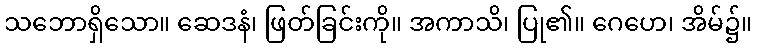
သဘောရှိသော။ ဆေဒနံ၊ ဖြတ်ခြင်းကို။ အကာသိ၊ ပြု၏။ ဂေဟေ၊ အိမ်၌။